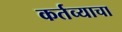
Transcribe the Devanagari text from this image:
कर्तव्याचा